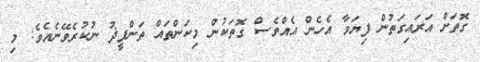
ގޮތަށް އަރައިގަތުން ފިޔަވާ އެހެން އެއްވެސް ގޮތަކުން މިކަންތައް ތަންފީޛު ނުކުރެވޭނެއެވެ; މި